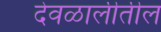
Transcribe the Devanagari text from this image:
देवळालीतील